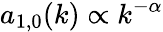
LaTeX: a_{1,0}(k)\propto k^{-\alpha}